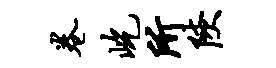
卷屹所陕